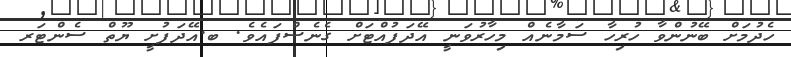
ހެދުމަށް ބޭނުންވާ ހުރިހާ ސަމާނެއް މިހާރުވަނީ އޭދަފުއްޓަށް ގެނެސްފައެވެ. ބ.އޭދަފުށީ ޔޫތް ސެންޓަރ